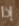
إذا